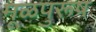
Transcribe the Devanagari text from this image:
मूळपुरूष